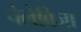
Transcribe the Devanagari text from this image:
चेलेबिजा